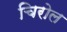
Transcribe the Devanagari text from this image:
चिरोल